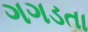
ગગડતા